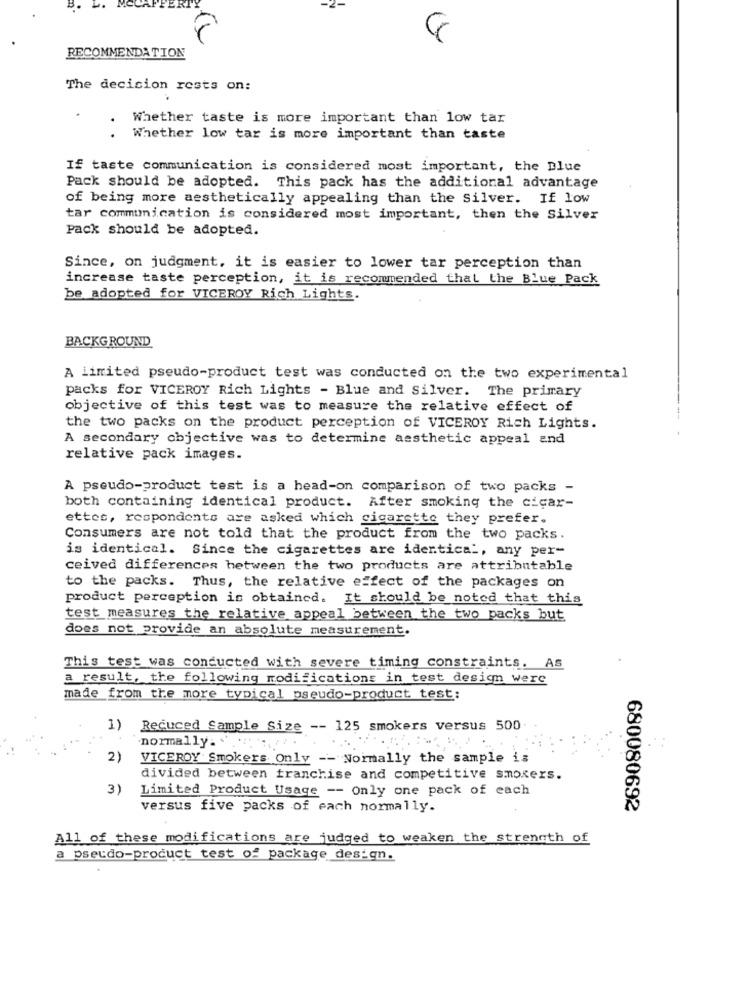
17
RECOMMENDATION
The decision rests on:
Whether taste is more important than low tar
Whether low tar is more important than taste
If taste communication is considered most important, the Blue
Pack should be adopted. This pack has the additional advantage
of being more aesthetically appealing than the Silver. If low
tar communication is considered most important, then the Silver
Pack should be adopted.
Since, on judgment, it is easier to lower tar perception than
increase taste perception, it is recommended that the Blue Pack
be adopted for VICEROY Rich Lights.
BACKGROUND
A limited pseudo-product test was conducted on the two experimental
packs for VICEROY Rich Lights - Blue and Silver. The primary
objective of this test was to measure the relative effect of
the two packs on the product perception of VICEROY Rich Lights.
A secondary objective was to determine aesthetic appeal and
relative pack images.
A pseudo-product test is a head-on comparison of two packs -
both containing identical product. After smoking the cicar-
ettes, respondents are asked which cigarette they prefer.
Consumers are not told that the product from the two packs.
is identical. Since the cigarettes are identical, any per-
ceived differences between the two products are attributable
to the packs. Thus, the relative effect of the packages on
product perception is obtained. It should be noted that this
test measures the relative appeal between the two packs but
does not provide an absolute measurement.
This test was conducted with severe timing constraints. As
a result, the following modifications in test design were
made from the more typical pseudo-product test:
1) Recuced Sample Size -- 125 smokers versus 500
normally. .
2)
VICEROY Smokers Only -- Normally the sample is
divided between franchise and competitive smokers.
3)
Limited Product Usage -- Only one pack of each
versus five packs of each normally.
680080692
All of these modifications are judged to weaken the strength of
a pseudo-product test of package design.